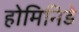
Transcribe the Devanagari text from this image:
होमिनिडे